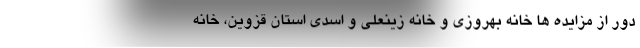
دور از مزایده ها خانه بهروزی و خانه زینعلی و اسدی استان قزوین، خانه